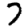
Digit: 7